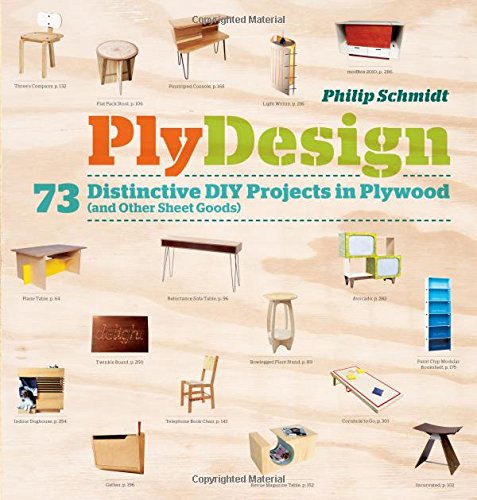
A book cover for PlyDesign: 73 Distinctive DIY Projects in Plywood (and other sheet goods); Phillip Schmidt; Crafts, Hobbies & Home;